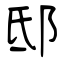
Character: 邸